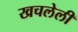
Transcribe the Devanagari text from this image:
खचलेली